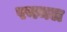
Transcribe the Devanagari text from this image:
रनमल